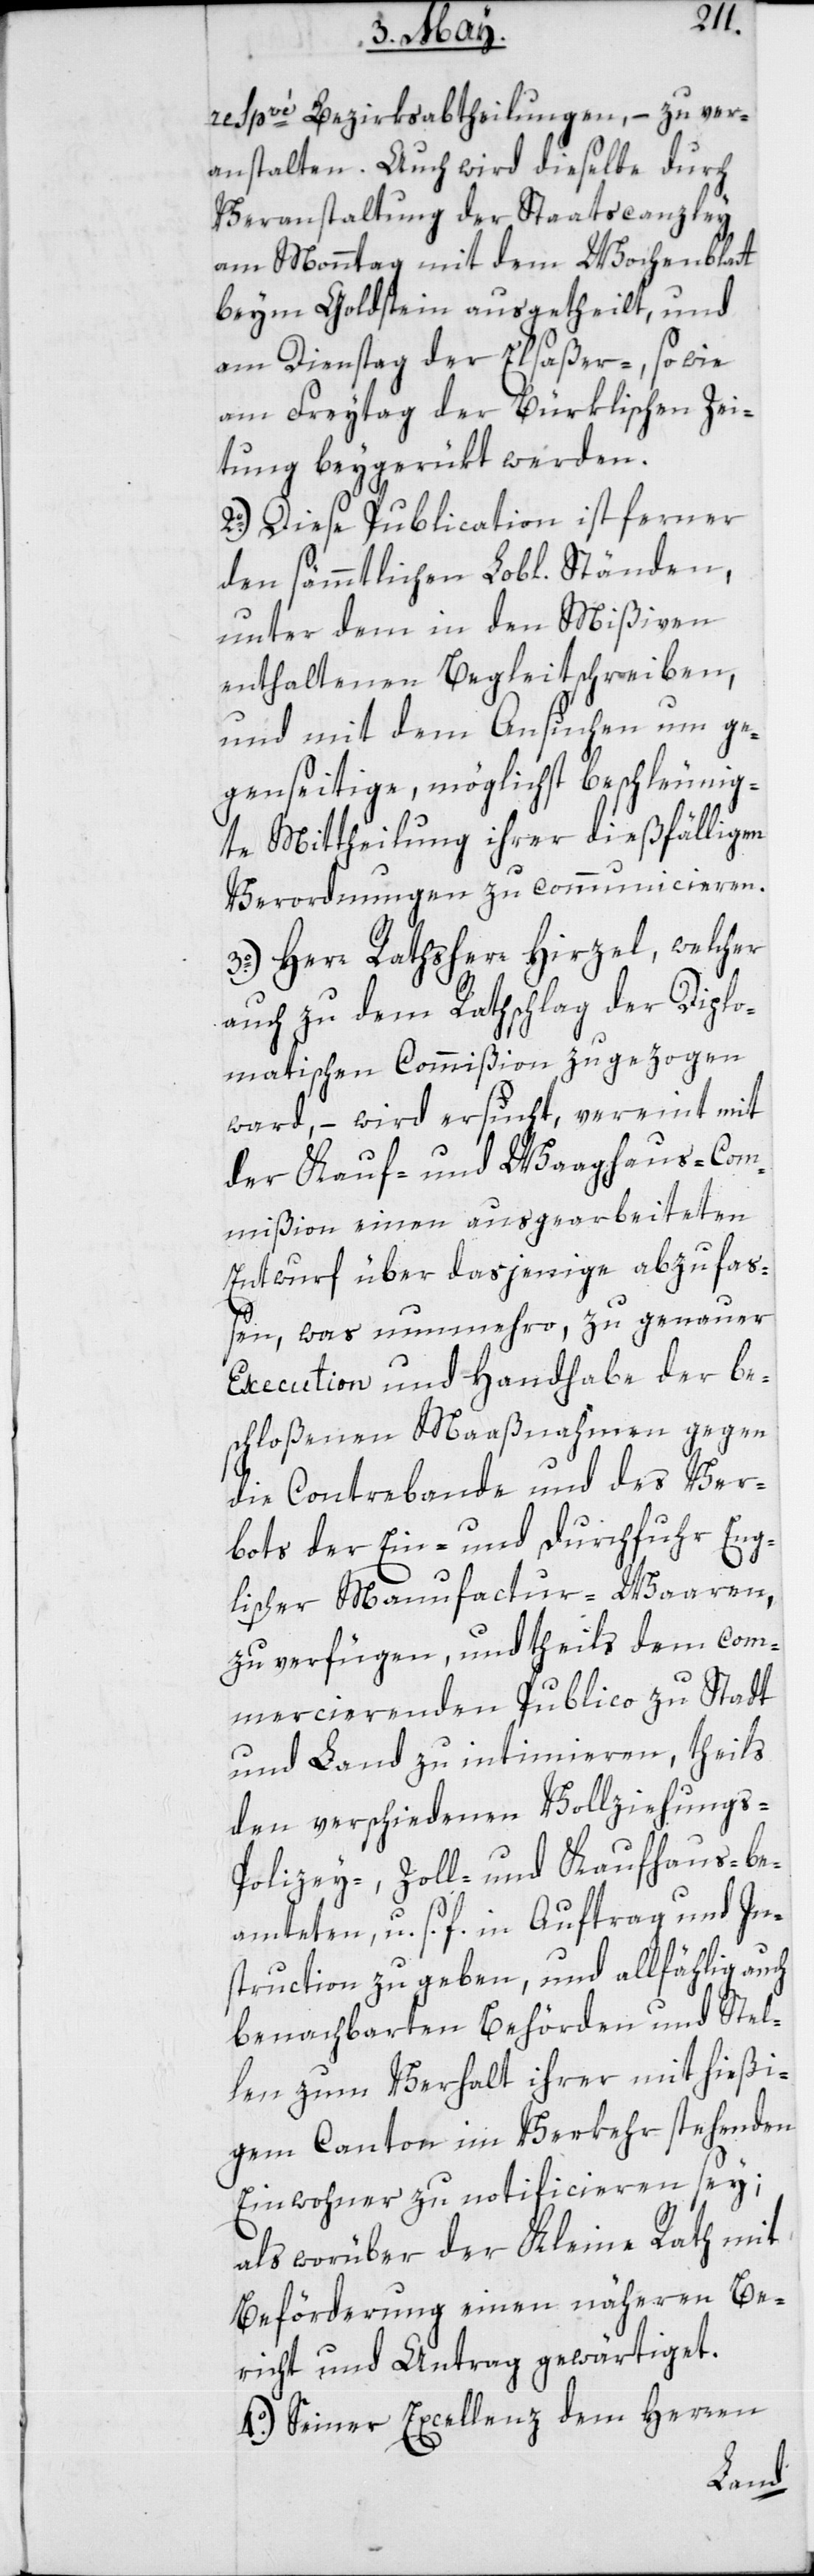
respvé. Bezirksabtheilungen, – zu ver¬
anstalten. Auch wird dieselbe durch
Veranstaltung der Staatscanzley
am Monntag mit dem Wochenblatt
beym Goldstein ausgetheilt, und
am Dienstag der Elsaßer- sowie
am Freytag der Bürklischen Zei¬
tung beygerükt werden.
2o.) Diese Publication ist ferner
den sämmtlichen Lobl. Ständen,
unter dem in den Mißiven
enthaltenen Begleitschreiben,
und mit dem Ansuchen um ge¬
genseitige, möglichst beschleunig¬
te Mittheilung ihrer dießfälligen
Verordnungen zu communicieren.
3o.) Herr Rathsherr Hirzel, welcher
auch zu dem Rathschlag der Diplo¬
matischen Commißion zugezogen
ward, – wird ersucht, vereint mit
der Kauf- und Waaghaus-Com¬
mißion einen ausgearbeiteten
Entwurf über dasjenige abzufaß¬
en, was nunmehro zu genauer
Execution und Handhabe der be¬
schloßenen Maaßnahmen gegen
die Contrebande und des Ver¬
bots der Ein- und Durchfuhr Eng¬
lischer Manufactur-Waaren,
zu verfügen, und theils dem com¬
mercierenden Publico zu Stadt
und Land zu intimieren, theils
den verschiedenen Vollziehungs-P¬
olizey, Zoll- und Kaufhaus-be¬
amteten, u.s.f. in Auftrag und In¬
struction zu geben, und allfählig auch
benachbarten Behörden und Stel¬
len zum Verhalt ihrer mit hießi¬
gem Canton im Verkehr stehenden
Einwohner zu notificieren sey;
als worüber der Kleine Rath mit
Beförderung einen näheren Be¬
richt und Antrag gewärtiget.
4o.) Seiner Excellenz dem Herren